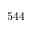
5 4 4